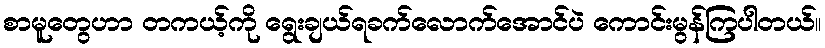
စာမူတွေဟာ တကယ့်ကို ရွေးချယ်ရခက်လောက်အောင်ပဲ ကောင်းမွန်ကြပါတယ်။